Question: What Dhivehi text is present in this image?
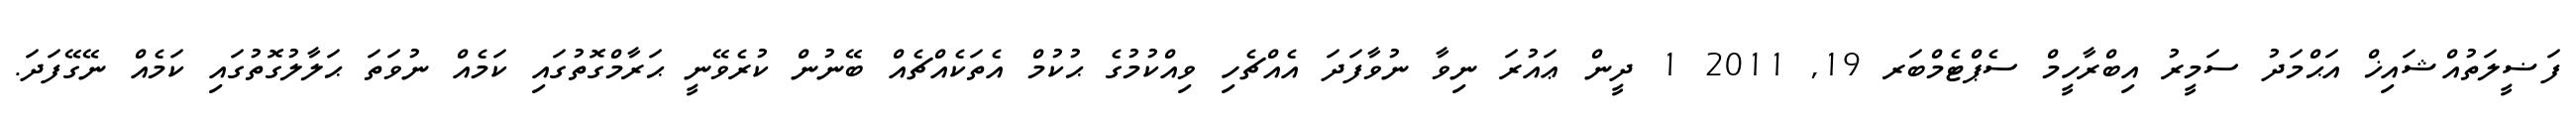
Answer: ފަޟީލަތުއްޝައިޚް އަޙްމަދު ސަމީރު އިބްރާހީމް ސެޕްޓެމްބަރ 19, 2011 1 ދީން ޢައުރަ ނިވާ ނުވާފަދަ އެއްޗެހި ވިއްކުމުގެ ޙުކުމް އެތަކެއްޗެއް ބޭނުން ކުރެވޭނީ ޙަރާމްގޮތުގައި ކަމެއް ނުވަތަ ޙަލާލުގޮތުގައި ކަމެއް ނޭގޭފަދަ.